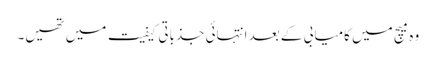
وہ میچ میں کامیابی کے بعد انتہائی جذباتی کیفیت میں تھیں۔